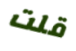
قلت